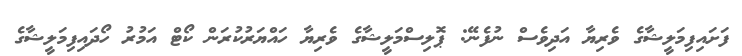
ފަށައިފިމަލީޝާގެ ވެރިޔާ އަދިވެސް ނުފެނޭ: ޕޮލިސްމަލީޝާގެ ވެރިޔާ ހައްޔަރުކުރަން ކޯޓް އަމުރު ހޯދައިފިމަލީޝާގެ